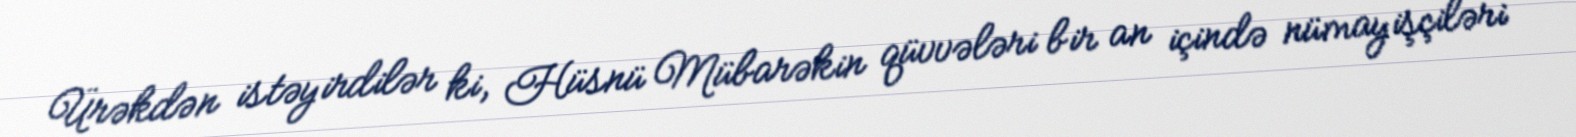
Ürəkdən istəyirdilər ki, Hüsnü Mübarəkin qüvvələri bir an içində nümayişçiləri